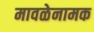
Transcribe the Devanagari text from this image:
मावळेनामक